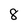
Character: 8